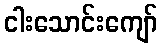
ငါးသောင်းကျော်